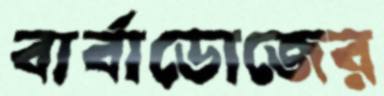
বার্বাডোজের